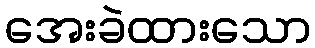
အေးခဲထားသော